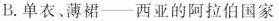
B.单衣、薄裙--西亚的阿拉伯国家